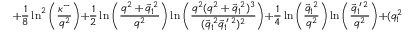
+ \frac { 1 } { 8 } \ln ^ { 2 } \left( \frac { \kappa ^ { - } } { q ^ { 2 } } \right) + \frac { 1 } { 2 } \ln \left( \frac { q ^ { 2 } + \vec { q } _ { 1 } ^ { \: 2 } } { q ^ { 2 } } \right) \ln \left( \frac { q ^ { 2 } ( q ^ { 2 } + \vec { q } _ { 1 } ^ { \: 2 } ) ^ { 3 } } { ( \vec { q } _ { 1 } ^ { \: 2 } \vec { q } _ { 1 } ^ { \: \prime \: 2 } ) ^ { 2 } } \right) + \frac { 1 } { 4 } \ln \left( \frac { \vec { q } _ { 1 } ^ { \: 2 } } { q ^ { 2 } } \right) \ln \left( \frac { \vec { q } _ { 1 } ^ { \: \prime \: 2 } } { q ^ { 2 } } \right) + ( q _ { 1 } ^ { 2 } \leftrightarrow q _ { 1 } ^ { \: \prime \: 2 } ) ~ .